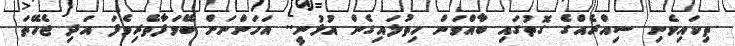
ތިކައިވެނި ސިއްރެއްގެ ގޮތުގައި ބާއްވަން ހިތުލައިގެން އުޅުނީ.. އަހަންނަށް ބޭވަފާތެރިވެފަ އަދި ޖެހޭތަ